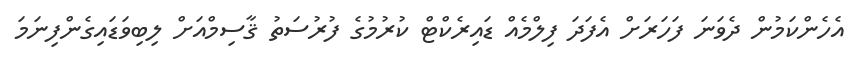
އެހެންކަމުން ދެވަނަ ފަހަރަށް އެފަދަ ފިލްމެއް ޑައިރެކްޓް ކުރުމުގެ ފުރުސަތު ޤާސިމްއަށް ލިބިވަޑައިގެންފިނަމަ